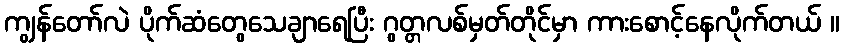
ကျွန်တော်လဲ ပိုက်ဆံတွေသေချာရေပြီး ဂွတ္တလစ်မှတ်တိုင်မှာ ကားစောင့်နေလိုက်တယ် ။